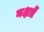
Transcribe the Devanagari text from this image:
नक्षत्रें